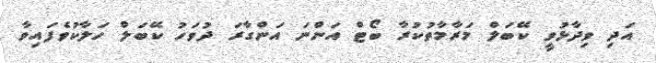
އަދި ވިދާޅުވީ ކޭބަލް މަރާމާތުކުރާ ބޯޓް އަންނަ އަންގާރަ ދުވަހު ކޭބަލް ހަލާކުވެފައިވާ